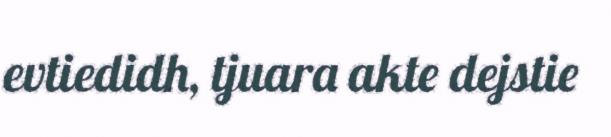
evtiedidh, tjuara akte dejstie